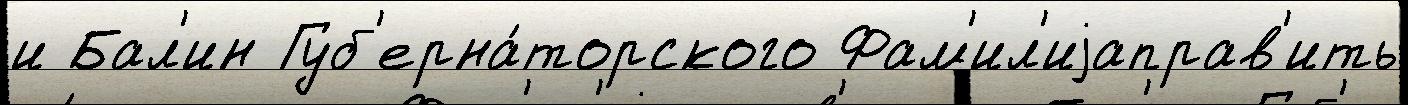
и Бал'ин Губ'ерна́торского Фам'ил'иjаправ'ить